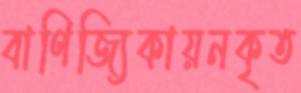
বাণিজ্যিকায়নকৃত